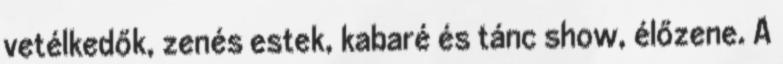
vetélkedők, zenés estek, kabaré és tánc show, élőzene. A